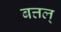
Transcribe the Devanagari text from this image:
बत्तल्